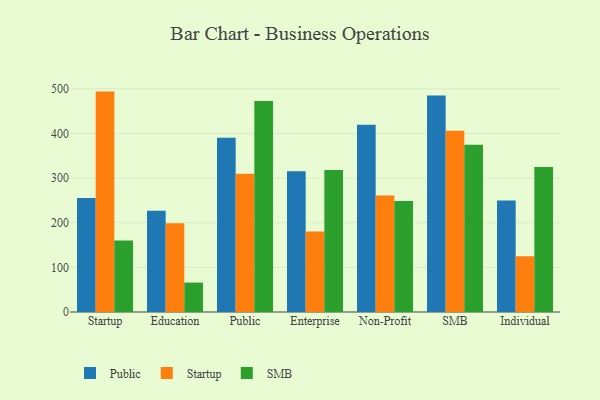
{"axis": {"x": "Segment", "y": "Customer Acquisition Cost (USD)"}, "legend": ["Public", "SMB", "Startup"], "data": [{"x": "Startup", "y": 255.5, "type": "Public"}, {"x": "Startup", "y": 493.8, "type": "Startup"}, {"x": "Startup", "y": 160.3, "type": "SMB"}, {"x": "Education", "y": 226.6, "type": "Public"}, {"x": "Education", "y": 198.7, "type": "Startup"}, {"x": "Education", "y": 65.9, "type": "SMB"}, {"x": "Public", "y": 390.3, "type": "Public"}, {"x": "Public", "y": 309.9, "type": "Startup"}, {"x": "Public", "y": 472.8, "type": "SMB"}, {"x": "Enterprise", "y": 315.3, "type": "Public"}, {"x": "Enterprise", "y": 180.3, "type": "Startup"}, {"x": "Enterprise", "y": 317.9, "type": "SMB"}, {"x": "Non-Profit", "y": 419.7, "type": "Public"}, {"x": "Non-Profit", "y": 260.8, "type": "Startup"}, {"x": "Non-Profit", "y": 248.6, "type": "SMB"}, {"x": "SMB", "y": 484.9, "type": "Public"}, {"x": "SMB", "y": 406.2, "type": "Startup"}, {"x": "SMB", "y": 374.6, "type": "SMB"}, {"x": "Individual", "y": 249.8, "type": "Public"}, {"x": "Individual", "y": 125.0, "type": "Startup"}, {"x": "Individual", "y": 324.6, "type": "SMB"}]}